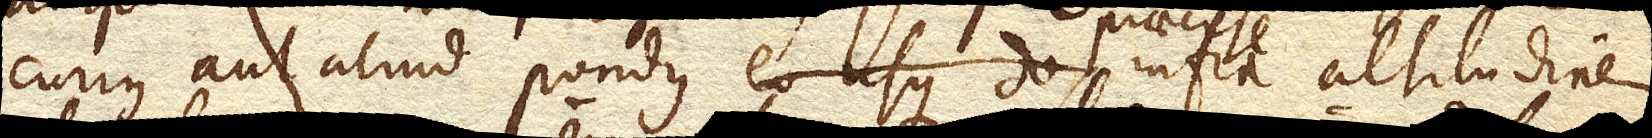
curius aut aliud pondus eousque de praecise infra altitudinem